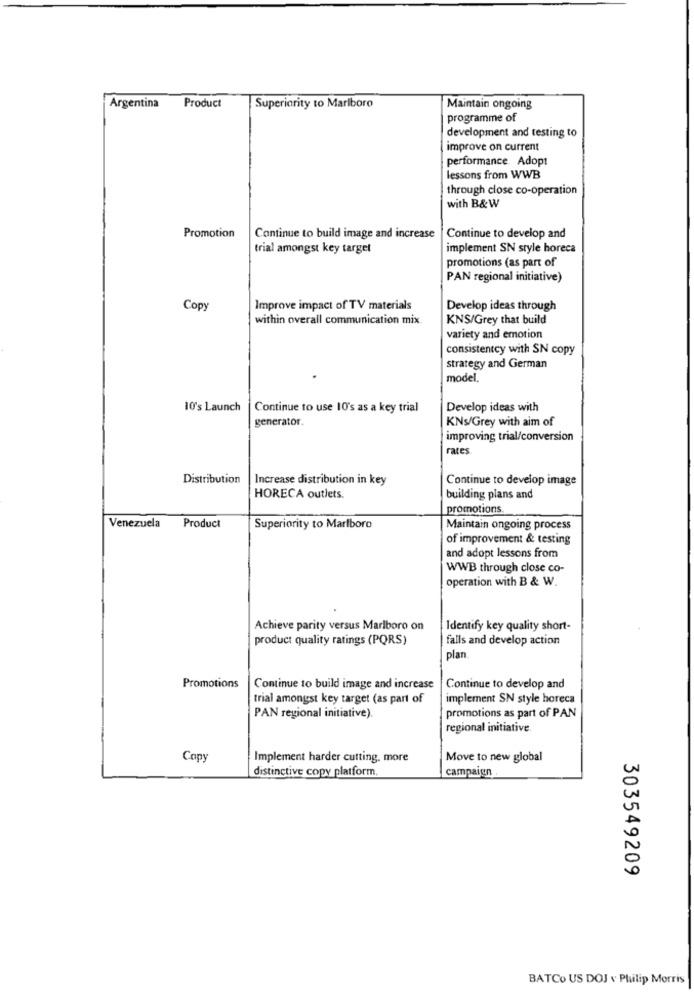
Argentina
Product
Superiority to Marlboro
Maintain ongoing
programme of
development and testing to
improve on current
performance Adopt
lessons from WWB
through close co-operation
with B& W
Promotion
Continue to build image and increase
Continue to develop and
trial amongst key target
implement SN style horeca
promotions (as part of
PAN regional initiative)
Copy
Improve impact of TV materials
Develop ideas through
within overall communication mix.
KNS/Grey that build
variety and emotion
consistentcy with SN copy
strategy and German
model.
10's Launch
Continue to use 10's as a key trial
Develop ideas with
generator.
KNs/Grey with aim of
improving trial/conversion
rates
Distribution
Increase distribution in key
Continue to develop image
HORECA outlets.
building plans and
promotions
Venezuela
Product
Superiority to Marlboro
Maintain ongoing process
of improvement & testing
and adopt lessons from
WWB through close co-
operation with B & W.
Achieve parity versus Marlboro on
Identify key quality short-
product quality ratings (PQRS)
falls and develop action
plan
Promotions
Continue to build image and increase
Continue to develop and
trial amongst key target (as part of
implement SN style horeca
PAN regional initiative).
promotions as part of PAN
regional initiative
Copy
Implement harder cutting. more
Move to new global
distinctive copy platform.
campaign
303549209
BATCO US DOJ v Philip Morris